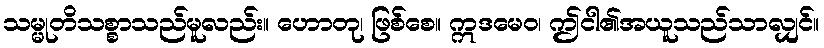
သမ္မုတိသစ္စာသည်မူလည်း။ ဟောတု၊ ဖြစ်စေ။ ဣဒမေဝ၊ ဤငါ၏အယူသည်သာလျှင်။